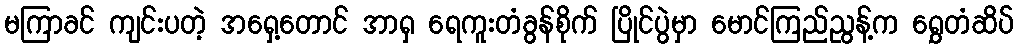
မကြာခင် ကျင်းပတဲ့ အရှေ့တောင် အာရှ ရေကူးတံခွန်စိုက် ပြိုင်ပွဲမှာ မောင်ကြည်ညွန့်က ရွှေတံဆိပ်